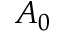
A _ { 0 }